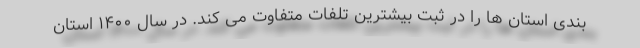
بندی استان ها را در ثبت بیشترین تلفات متفاوت می کند. در سال ۱۴۰۰ استان